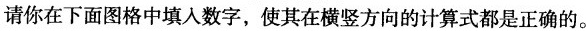
请你在下面图格中填入数字，使其在横竖方向的计算式都是正确的。